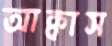
আক্বাস